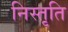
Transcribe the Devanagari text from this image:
निस्तृति